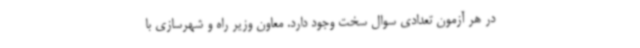
در هر آزمون تعدادی سوال سخت وجود دارد. معاون وزیر راه و شهرسازی با